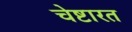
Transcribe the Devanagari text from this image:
चेष्टारत